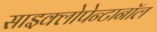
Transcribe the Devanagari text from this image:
साइक्लोपेन्टानॉल